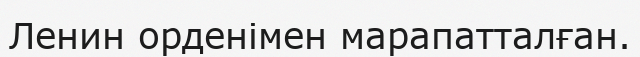
Ленин орденімен марапатталған.